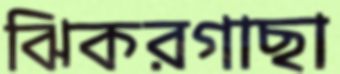
ঝিকরগাছা